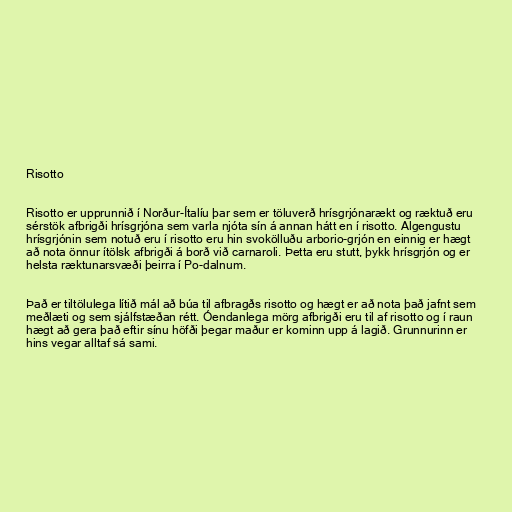
Risotto

Risotto er upprunnið í Norður-Ítalíu þar sem er töluverð hrísgrjónarækt og ræktuð eru
sérstök afbrigði hrísgrjóna sem varla njóta sín á annan hátt en í risotto. Algengustu
hrísgrjónin sem notuð eru í risotto eru hin svokölluðu arborio-grjón en einnig er hægt
að nota önnur ítölsk afbrigði á borð við carnaroli. Þetta eru stutt, þykk hrísgrjón og er
helsta ræktunarsvæði þeirra í Po-dalnum.

Það er tiltölulega lítið mál að búa til afbragðs risotto og hægt er að nota það jafnt sem
meðlæti og sem sjálfstæðan rétt. Óendanlega mörg afbrigði eru til af risotto og í raun
hægt að gera það eftir sínu höfði þegar maður er kominn upp á lagið. Grunnurinn er
hins vegar alltaf sá sami.